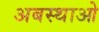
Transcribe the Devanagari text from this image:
अबस्थाओ